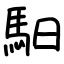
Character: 馹